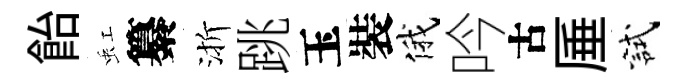
飴虹纂渐跳玉裝俄吟古厜試